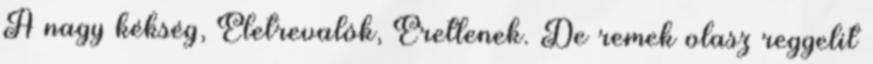
A nagy kékség, Életrevalók, Éretlenek. De remek olasz reggelit